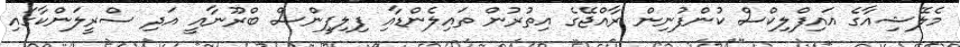
މެލޭޝިއާގެ އައިފްލިކްސް ކުންފުނިން ރާއްޖޭގެ އިތުރުން ތައިލެންޑާއި ފިލިޕީންސް ބްރޫނާއީ އަދި ސްރީލަންކާގައި